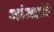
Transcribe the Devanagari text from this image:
आंअसंचे